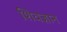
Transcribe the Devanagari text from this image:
शिवज्ञान